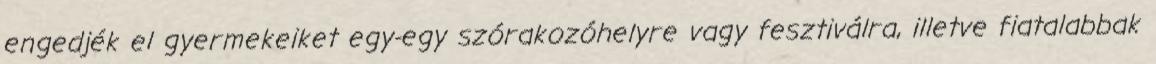
engedjék el gyermekeiket egy-egy szórakozóhelyre vagy fesztiválra, illetve fiatalabbak